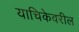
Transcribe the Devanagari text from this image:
याचिकेवरील